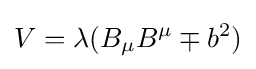
V=\lambda (B_{\mu }B^{\mu }\mp b^{2})